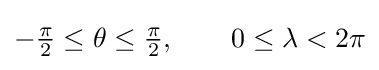
-{\tfrac {\pi }{2}}\leq \theta \leq {\tfrac {\pi }{2}},\qquad 0\leq \lambda <2\pi